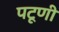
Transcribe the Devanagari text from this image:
पटूणी